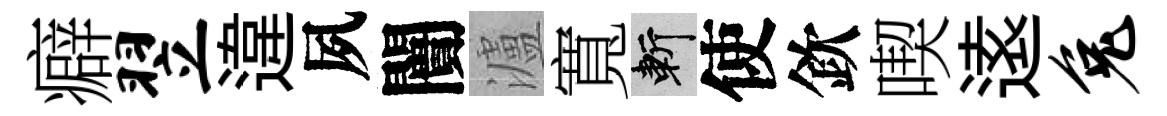
癖翌違夙闠瀘寬斬使欽喫逺兔